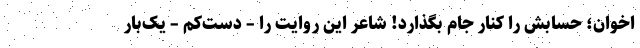
اخوان؛ حسابش را کنار جام بگذارد! شاعر این روایت را – دست‌کم – یک‌بار